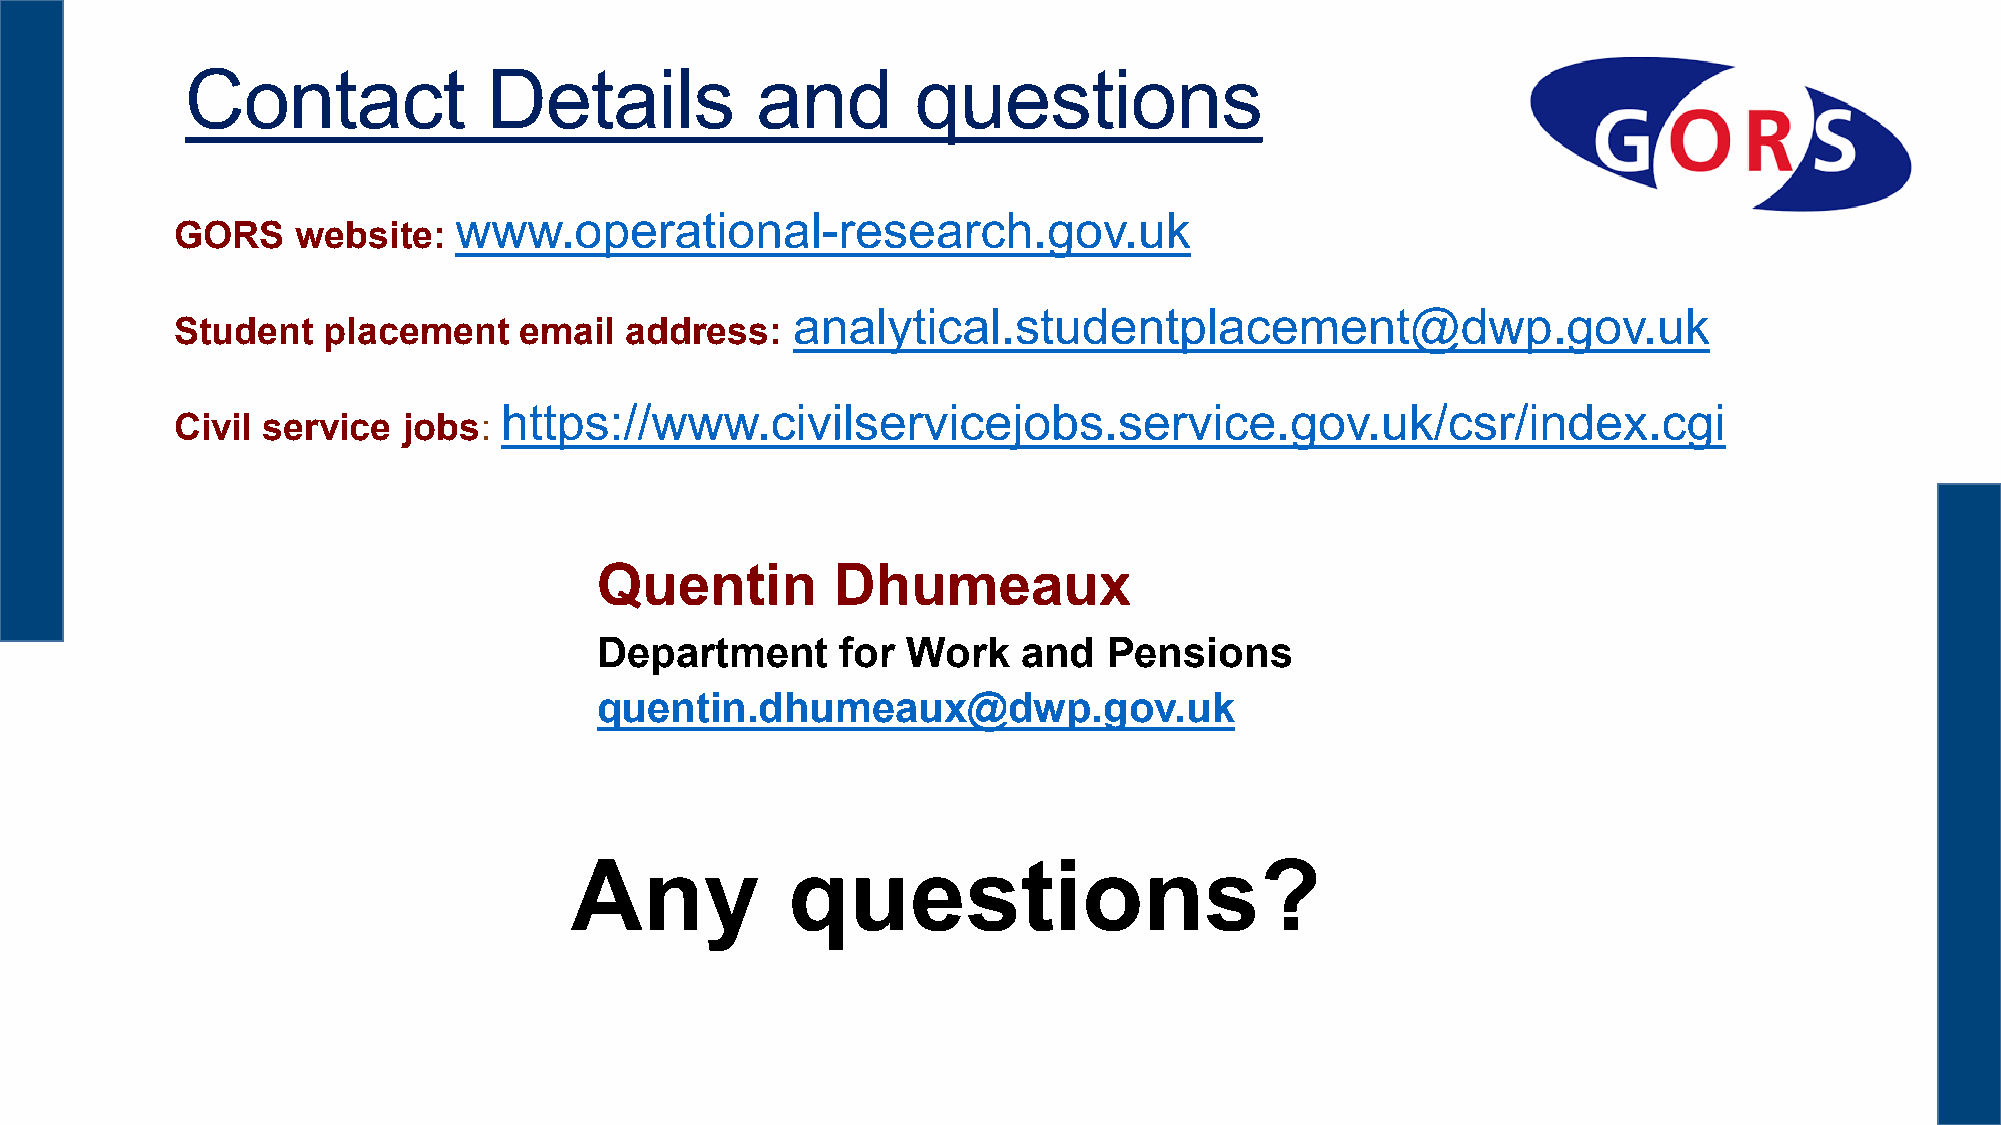
Contact             Details           and        questions
 www.operational-research.gov.uk
 GORS   website:
 analytical.studentplacement@dwp.gov.uk
 Student  placement    email  address:
 https://www.civilservicejobs.service.gov.uk/csr/index.cgi
 Civil service  jobs:
 Quentin         Dhumeaux
 Department       for Work    and  Pensions
 quentin.dhumeaux@dwp.gov.uk
 Any           questions?